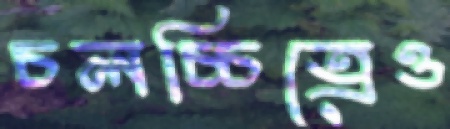
চলচ্চিত্রেও